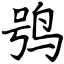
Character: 鸮